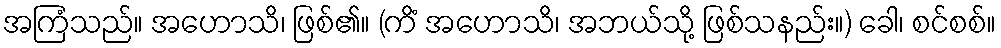
အကြံသည်။ အဟောသိ၊ ဖြစ်၏။ (ကိံ အဟောသိ၊ အဘယ်သို့ ဖြစ်သနည်း။) ခေါ၊ စင်စစ်။